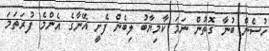
ހުސެން ބުނާ ގޮތުން ނަމަ ކާމިޔާބު ލިބެން ފެށީ އޭނާގެ އެންމެ ފުރަތަމަ